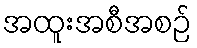
အထူးအစီအစဉ်